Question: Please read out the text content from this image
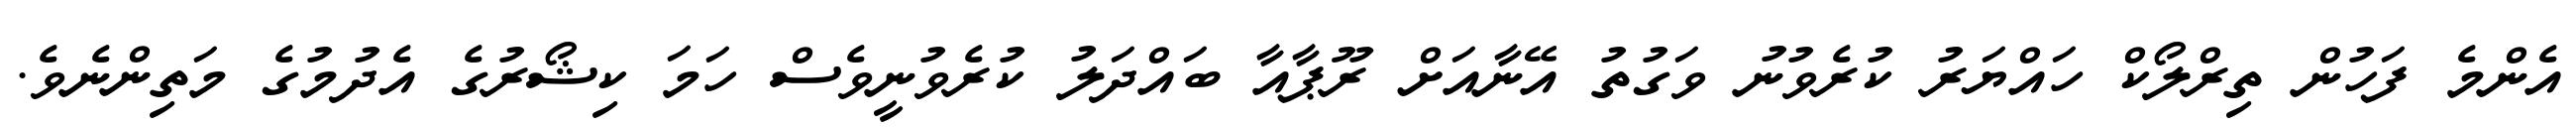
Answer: އެންމެ ފަހުން ތިރްލޯކް ހައްޔަރު ކުރެވުނު ވަގުތު އޭނާއަށް ރޫޕާއާ ބައްދަލު ކުރެވުނީވެސް ހަމަ ކިޝޯރުގެ އެދުމުގެ މަތިންނެވެ.